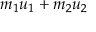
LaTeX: m _ { 1 } u _ { 1 } + m _ { 2 } u _ { 2 }